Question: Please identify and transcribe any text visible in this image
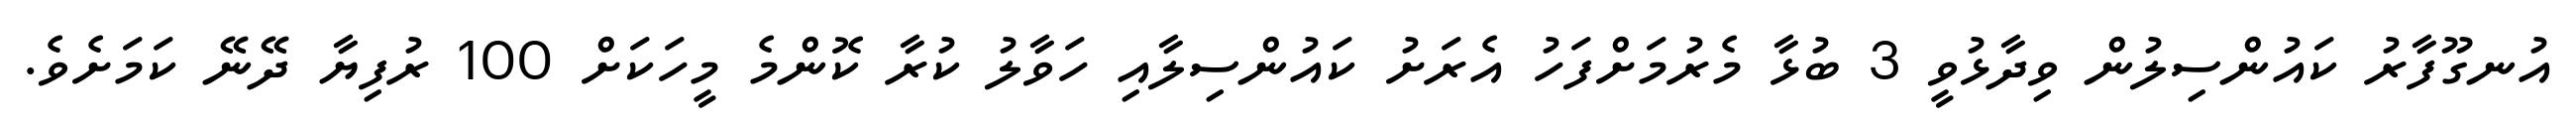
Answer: އުނގޫފާރު ކައުންސިލުން ވިދާޅުވީ 3 ބުޅާ މެރުމަށްފަހު އެރަށު ކައުންސިލާއި ހަވާލު ކުރާ ކޮންމެ މީހަކަށް 100 ރުފިޔާ ދޭނޭ ކަމަށެވެ.